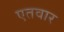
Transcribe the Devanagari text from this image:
एतवार